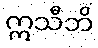
ဣသီဘိ